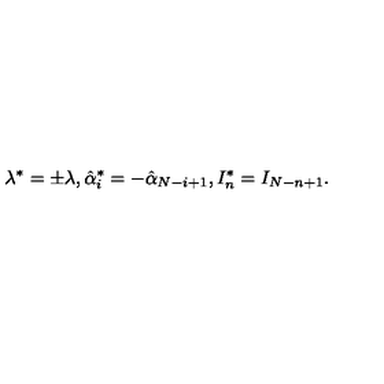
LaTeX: \lambda ^ { * } = \pm \lambda , \hat { \alpha } _ { i } ^ { * } = - \hat { \alpha } _ { N - i + 1 } , I _ { n } ^ { * } = I _ { N - n + 1 } .